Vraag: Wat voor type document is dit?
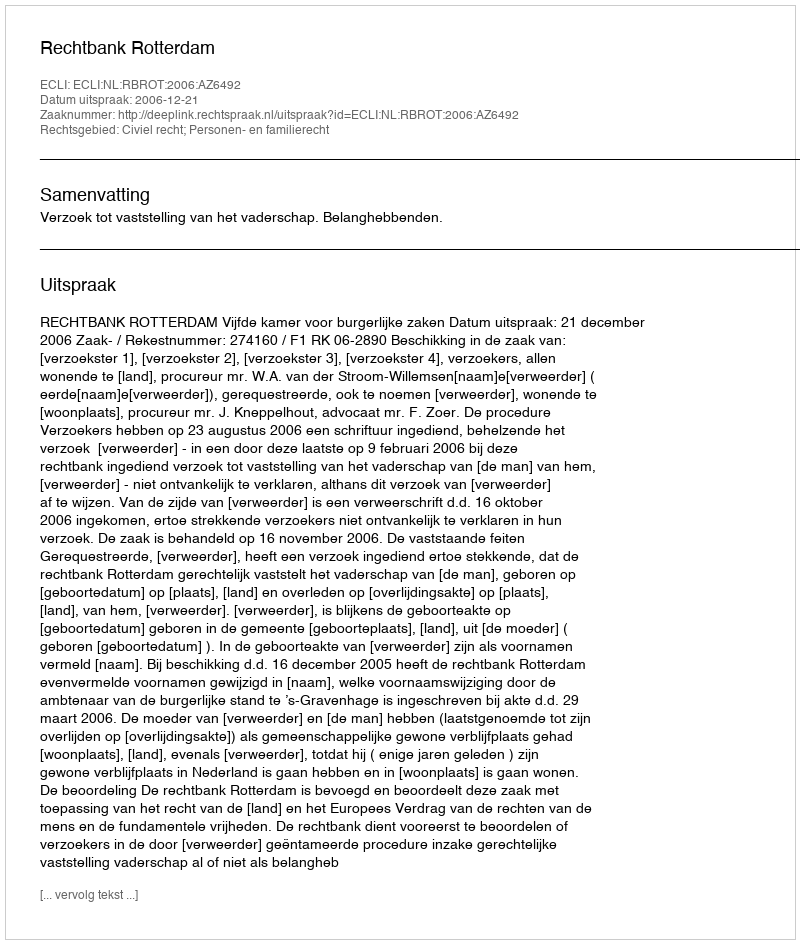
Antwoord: Uitspraak